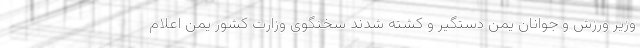
وزیر ورزش و جوانان یمن دستگیر و کشته شدند سخنگوی وزارت کشور یمن اعلام